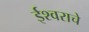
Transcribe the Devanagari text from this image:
ईश्‍वराचे